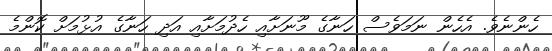
ހެންނެވެ. އެހެން ނަމަވެސް ހަނާގެ މޫނަށާއި ހެދުމަށާއި އަދި ހަނާގެ އުޅުމަށް ކޮންމެ